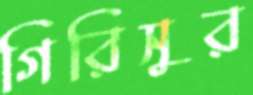
গিরিসুর